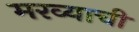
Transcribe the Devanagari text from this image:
मरव्याची